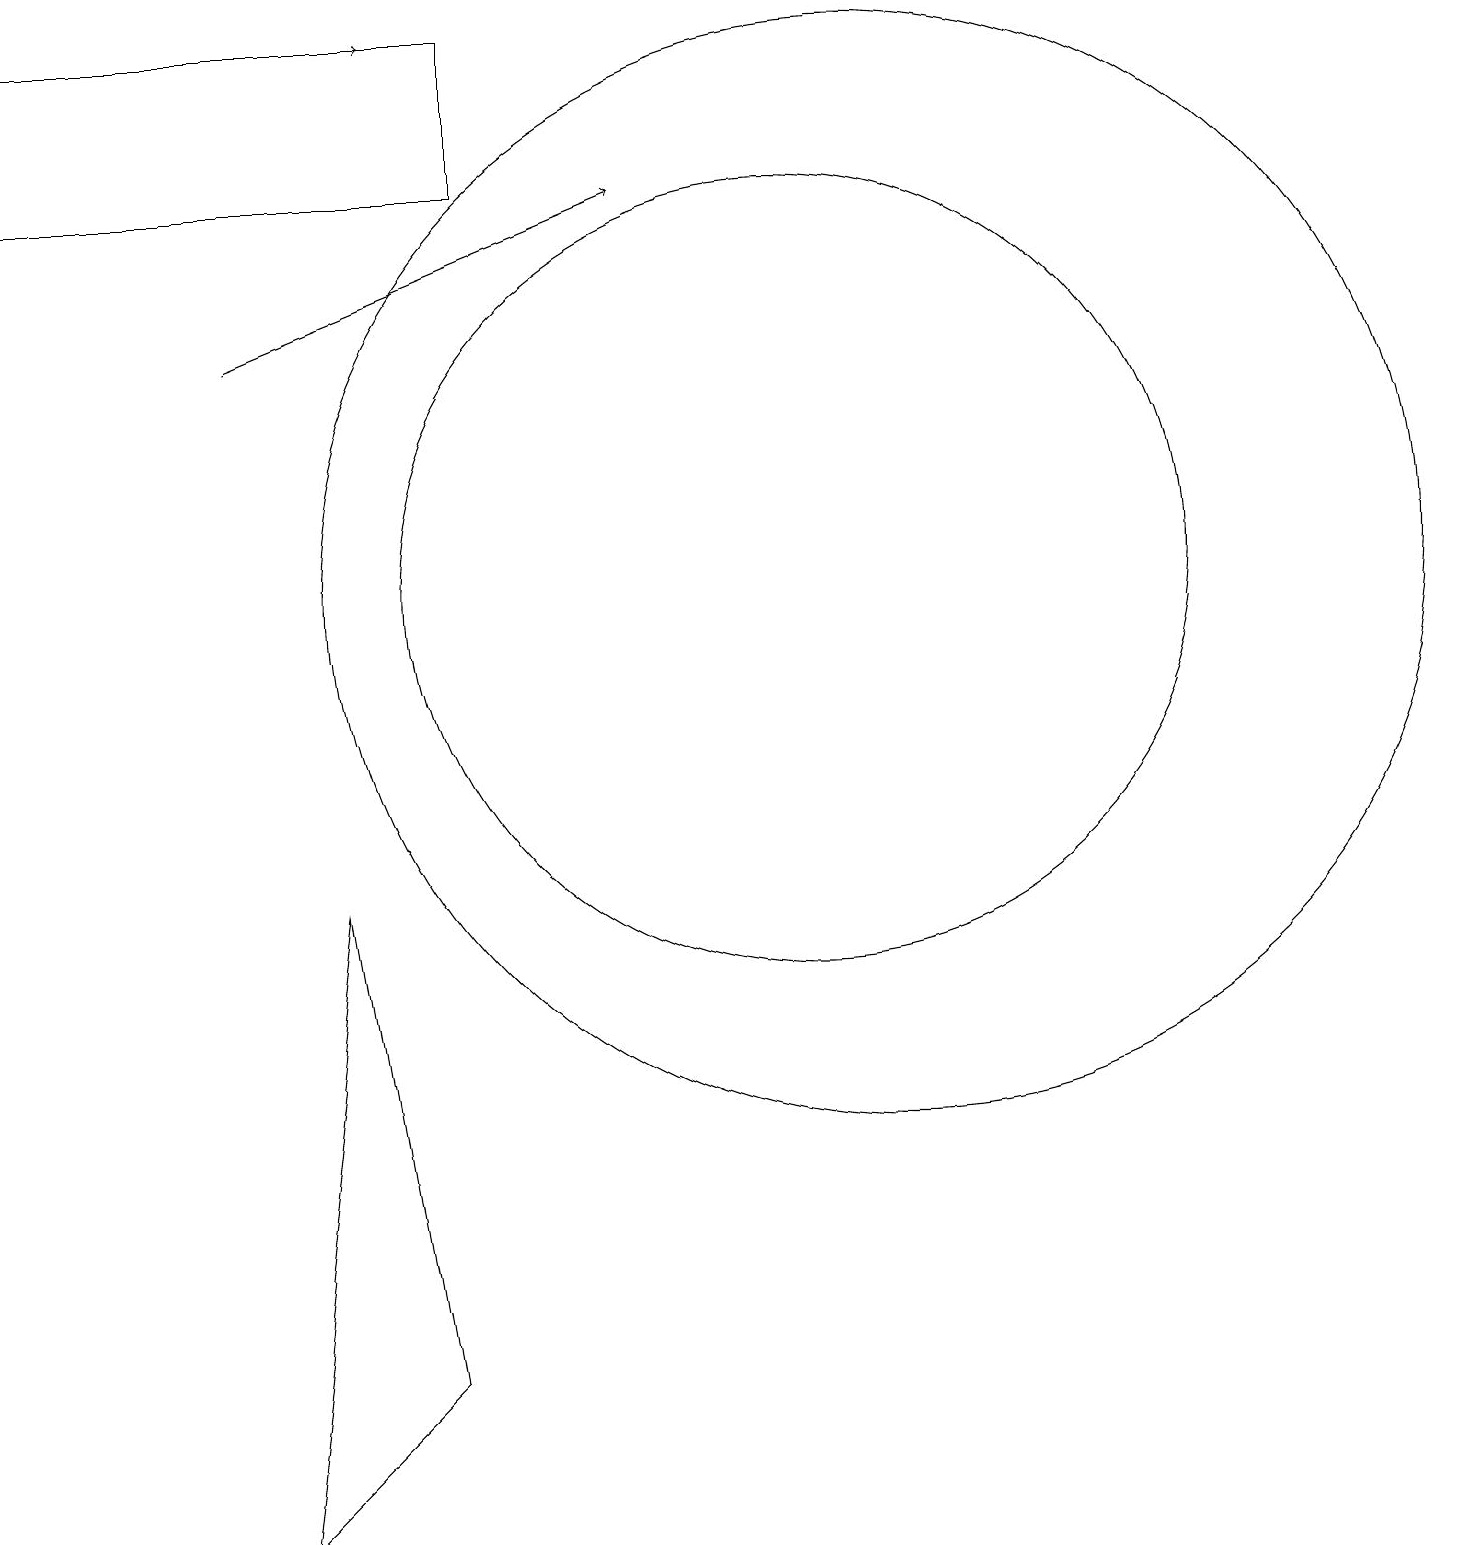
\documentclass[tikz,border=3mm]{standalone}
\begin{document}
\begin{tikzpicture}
\draw[->] (4,19) -- (6,19);
\draw (11,12) circle (5);
\draw (4,0) -- (5,8) -- (6,2) -- cycle;
\draw (12,12) circle (7);
\draw (7,17) rectangle (1,19);
\draw[->] (4,15) -- (9,17);
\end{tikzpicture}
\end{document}